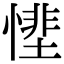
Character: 𢟵